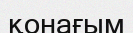
қонағым